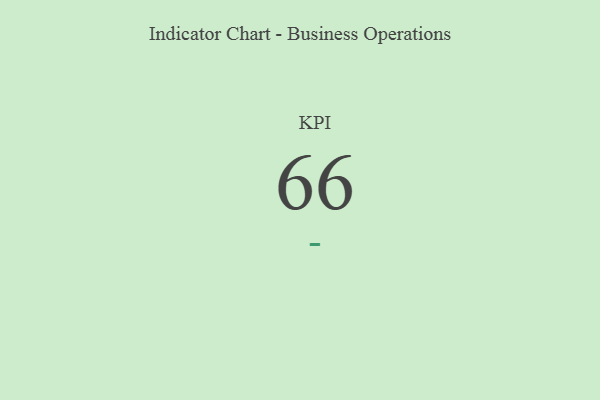
{"axis": {"x": "KPI", "y": "Value"}, "legend": [""], "data": [{"x": "KPI", "y": 66, "type": ""}]}